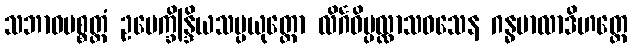
သဘာဝပစ္စတ္တံ ဥပေက္ခိန္ဒြိယသမ္ပယုတ္တော လိင်္ဂဝိပ္ပလ္လာသဝသေန ဂန္ဓမာလာဒိဟတ္ထေ